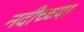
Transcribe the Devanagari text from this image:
नदीच्च्या